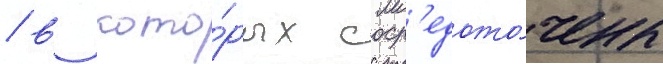
/ в кото́рых соср'едото́чены